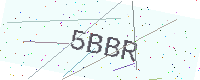
Text: 5BBR